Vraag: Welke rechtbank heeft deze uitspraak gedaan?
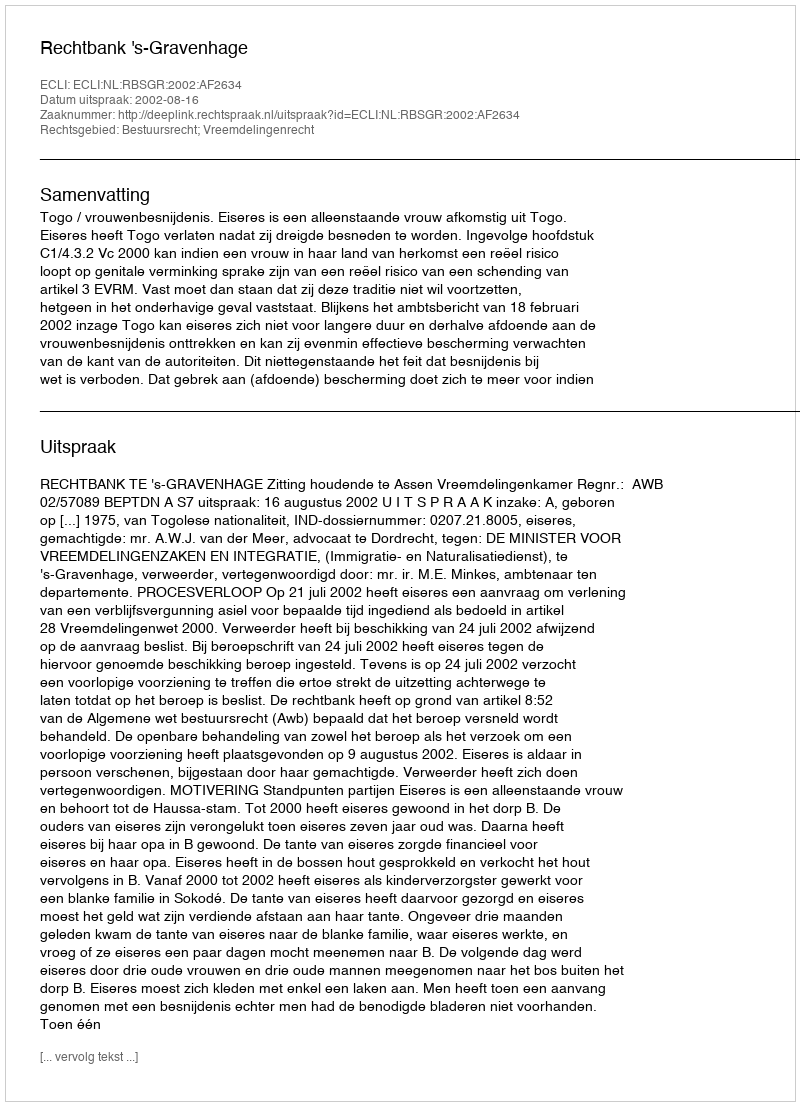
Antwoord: Rechtbank 's-Gravenhage